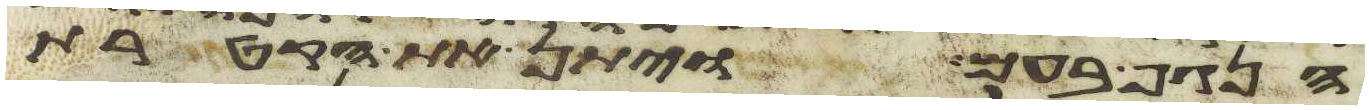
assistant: הנגף בעם ויתן את הקטרת